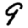
Digit: 9